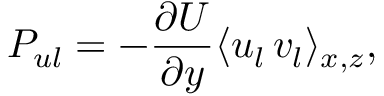
P _ { u l } = - \frac { \partial U } { \partial y } \langle u _ { l } \, v _ { l } \rangle _ { x , z } ,